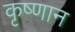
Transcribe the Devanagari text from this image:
कृष्णान